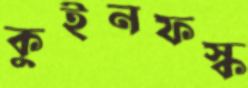
কুইনফস্ক